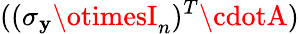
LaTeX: ((\sigma_{\mathbf{y}}\otimesI_{n})^{T}\cdotA)